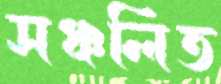
সঞ্চলিত